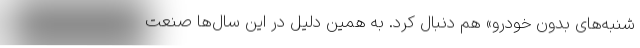
شنبه‌های بدون خودرو» هم دنبال کرد. به همین دلیل در این سال‌ها صنعت